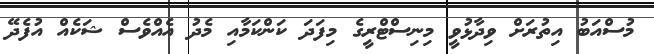
މުސްއަބު އިތުރަށް ވިދާޅުވީ މިނިސްޓްރީގެ މިފަދަ ކަންކަމާއި މެދު އެއްވެސް ޝަކެއް އުފެދޭ